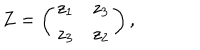
LaTeX: Z = \left( \begin{array} { c r c } { { z _ { 1 } } } & { { z _ { 3 } } } \\ { { z _ { 3 } } } & { { z _ { 2 } } } \\ \end{array} \right) ,